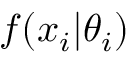
f ( x _ { i } | \theta _ { i } )